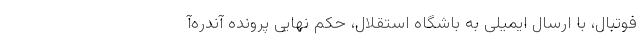
فوتبال، با ارسال ایمیلی به باشگاه استقلال، حکم نهایی پرونده آندره‌آ